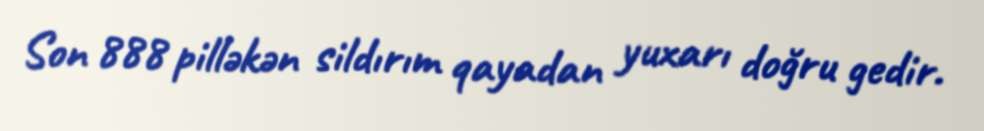
Son 888 pilləkən sildırım qayadan yuxarı doğru gedir.